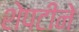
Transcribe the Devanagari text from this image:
शेपटीने